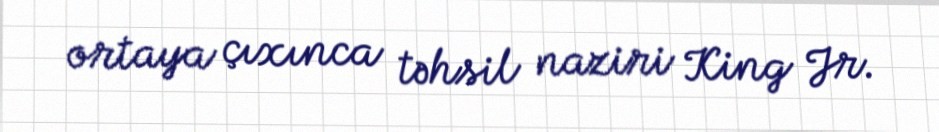
ortaya çıxınca təhsil naziri King Jr.